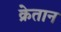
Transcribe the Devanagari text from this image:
क्रेतान